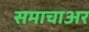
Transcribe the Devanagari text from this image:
समाचाअर